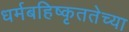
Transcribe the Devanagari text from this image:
धर्मबहिष्कृततेच्या